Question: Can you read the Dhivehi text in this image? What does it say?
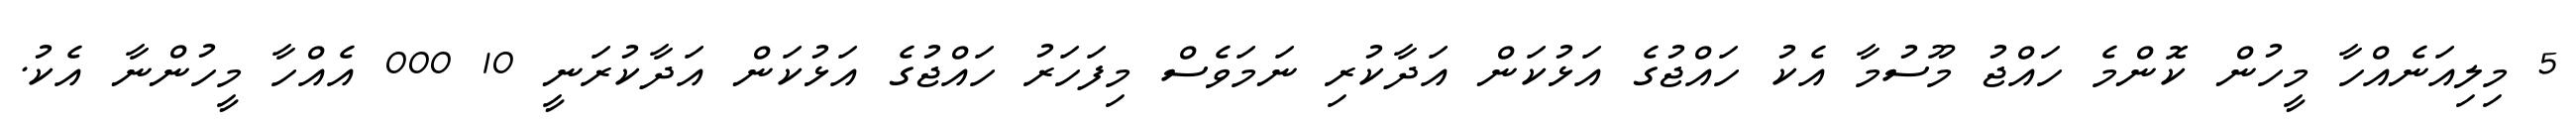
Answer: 5 މިލިއަނެއްހާ މީހުން ކޮންމެ ހައްޖު މޫސުމާ އެކު ހައްޖުގެ އަޅުކަން އަދާކުރި ނަމަވެސް މިފަހަރު ހައްޖުގެ އަޅުކަން އަދާކުރަނީ 10 000 އެއްހާ މީހުންނާ އެކު.